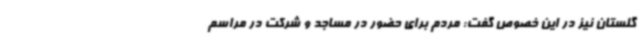
گلستان نیز در این خصوص گفت: مردم برای حضور در مساجد و شرکت در مراسم